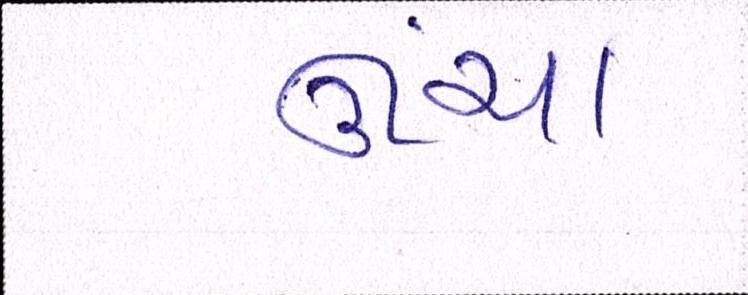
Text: ઊંચા